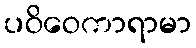
ပဝိဝေကာရာမာ